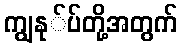
ကျွနု်ပ်တို့အတွက်